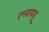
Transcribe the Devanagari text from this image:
एनवाययू